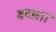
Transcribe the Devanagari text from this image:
बदाला